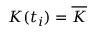
K ( t _ { i } ) = \overline { { K } }